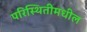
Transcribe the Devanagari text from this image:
परिस्थितीमधील